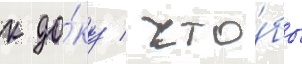
к до́ку / что́бы